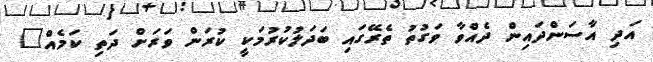
އަދި އާސަންދައިން ދެއްވާ ވަގުތު ތެރޭގައި ބަދަލުކުރުމަކީ ކުރަން ވަރަށް ދަތި ކަމެއް"